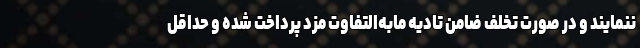
ننمایند و در صورت تخلف ضامن تادیه مابه‌التفاوت مزد پرداخت شده و حداقل